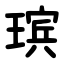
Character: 瑸